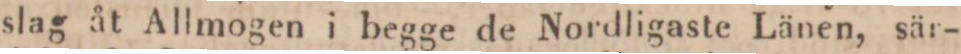
slag åt Allmogen i begge de Nordligaste Länen, sär-